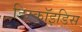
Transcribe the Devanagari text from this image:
डिस्कॉइडिस